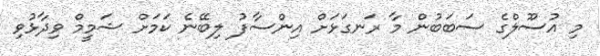
މި އުސޫލްގެ ސަބަބުން މާ ރަނގަޅަށް އިންސާފު ލިބޭނެ ކަމަށް ޝަމީމް ވިދާޅުވި